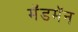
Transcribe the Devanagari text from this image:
मॅडमॅन